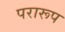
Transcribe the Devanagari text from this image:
परारूप